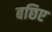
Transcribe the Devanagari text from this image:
बछिए